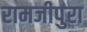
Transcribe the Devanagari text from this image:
रामजीपुरा